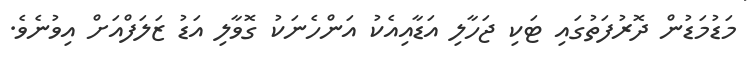
މަޑުމަޑުން ދޮރުފަތުގައި ޓަކި ޖަހާލި އަޑާއިއެކު އަންހެނަކު ގޮވާލި އަޑު ޒަލަފްއަށް އިވުނެވެ.